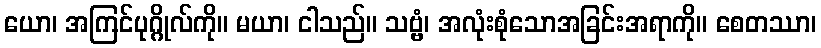
ယော၊ အကြင်ပုဂ္ဂိုလ်ကို။ မယာ၊ ငါသည်။ သဗ္ဗံ၊ အလုံးစုံသောအခြင်းအရာကို။ စေတဿာ၊